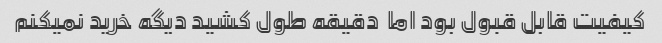
کیفیت قابل قبول بود اما  دقیقه طول کشید دیگه خرید نمیکنم